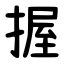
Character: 握